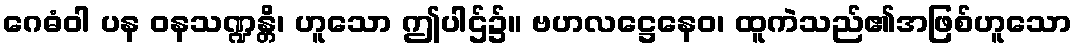
ဂေဓံဝါ ပန ဝနသဏ္ဍန္တိ၊ ဟူသော ဤပါဌ်၌။ ဗဟလဋ္ဌေနေဝ၊ ထူကဲသည်၏အဖြစ်ဟူသော